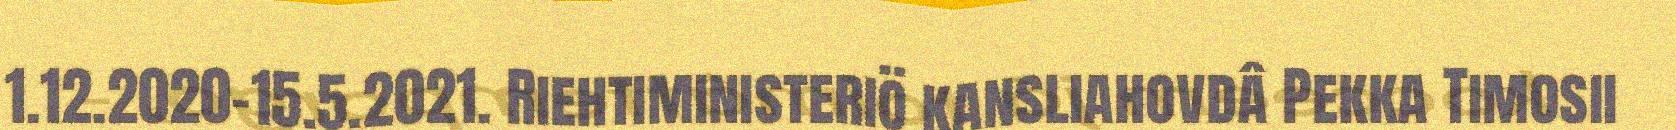
1.12.2020-15.5.2021. Riehtiministeriö kansliahovdâ Pekka Timosii